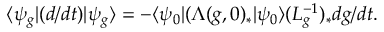
\langle \psi _ { g } | ( d / d t ) | \psi _ { g } \rangle = - \langle \psi _ { 0 } | ( \Lambda ( g , 0 ) _ { \ast } | \psi _ { 0 } \rangle ( L _ { g } ^ { - 1 } ) _ { \ast } d { g } / d t .